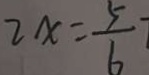
2 x = \frac { 5 } { 6 }